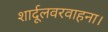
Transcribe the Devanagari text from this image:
शार्दूलवरवाहना।